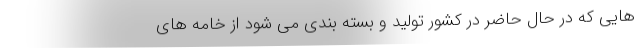
هایی که در حال حاضر در کشور تولید و بسته بندی می شود از خامه های